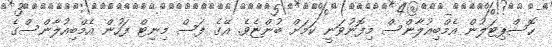
ހޮސްޕިޓަލުން އެމްބިއުލާންސް މިފޮނުވަނީ ކަމަށް ބުންޏެވެ. އޭގެ ފަސް މިނިޓް ފަހުން އެމްބިއުލާންސްގެ